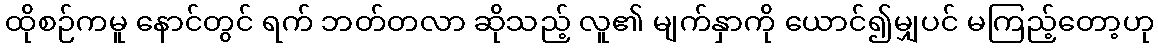
ထိုစဉ်ကမူ နောင်တွင် ရက် ဘတ်တလာ ဆိုသည့် လူ၏ မျက်နှာကို ယောင်၍မျှပင် မကြည့်တော့ဟု